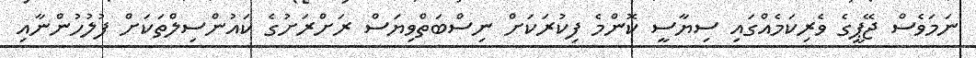
ނަމަވެސް ޖޭޕީގެ ވެރިކަމެއްގައި ސިޔާސީ ކޮންމެ ފިކުރަކަށް ނިސްބަތްވިޔަސް ރަށްރަށުގެ ކައުންސިލްތަކަށް ފުލުހުންނާއި